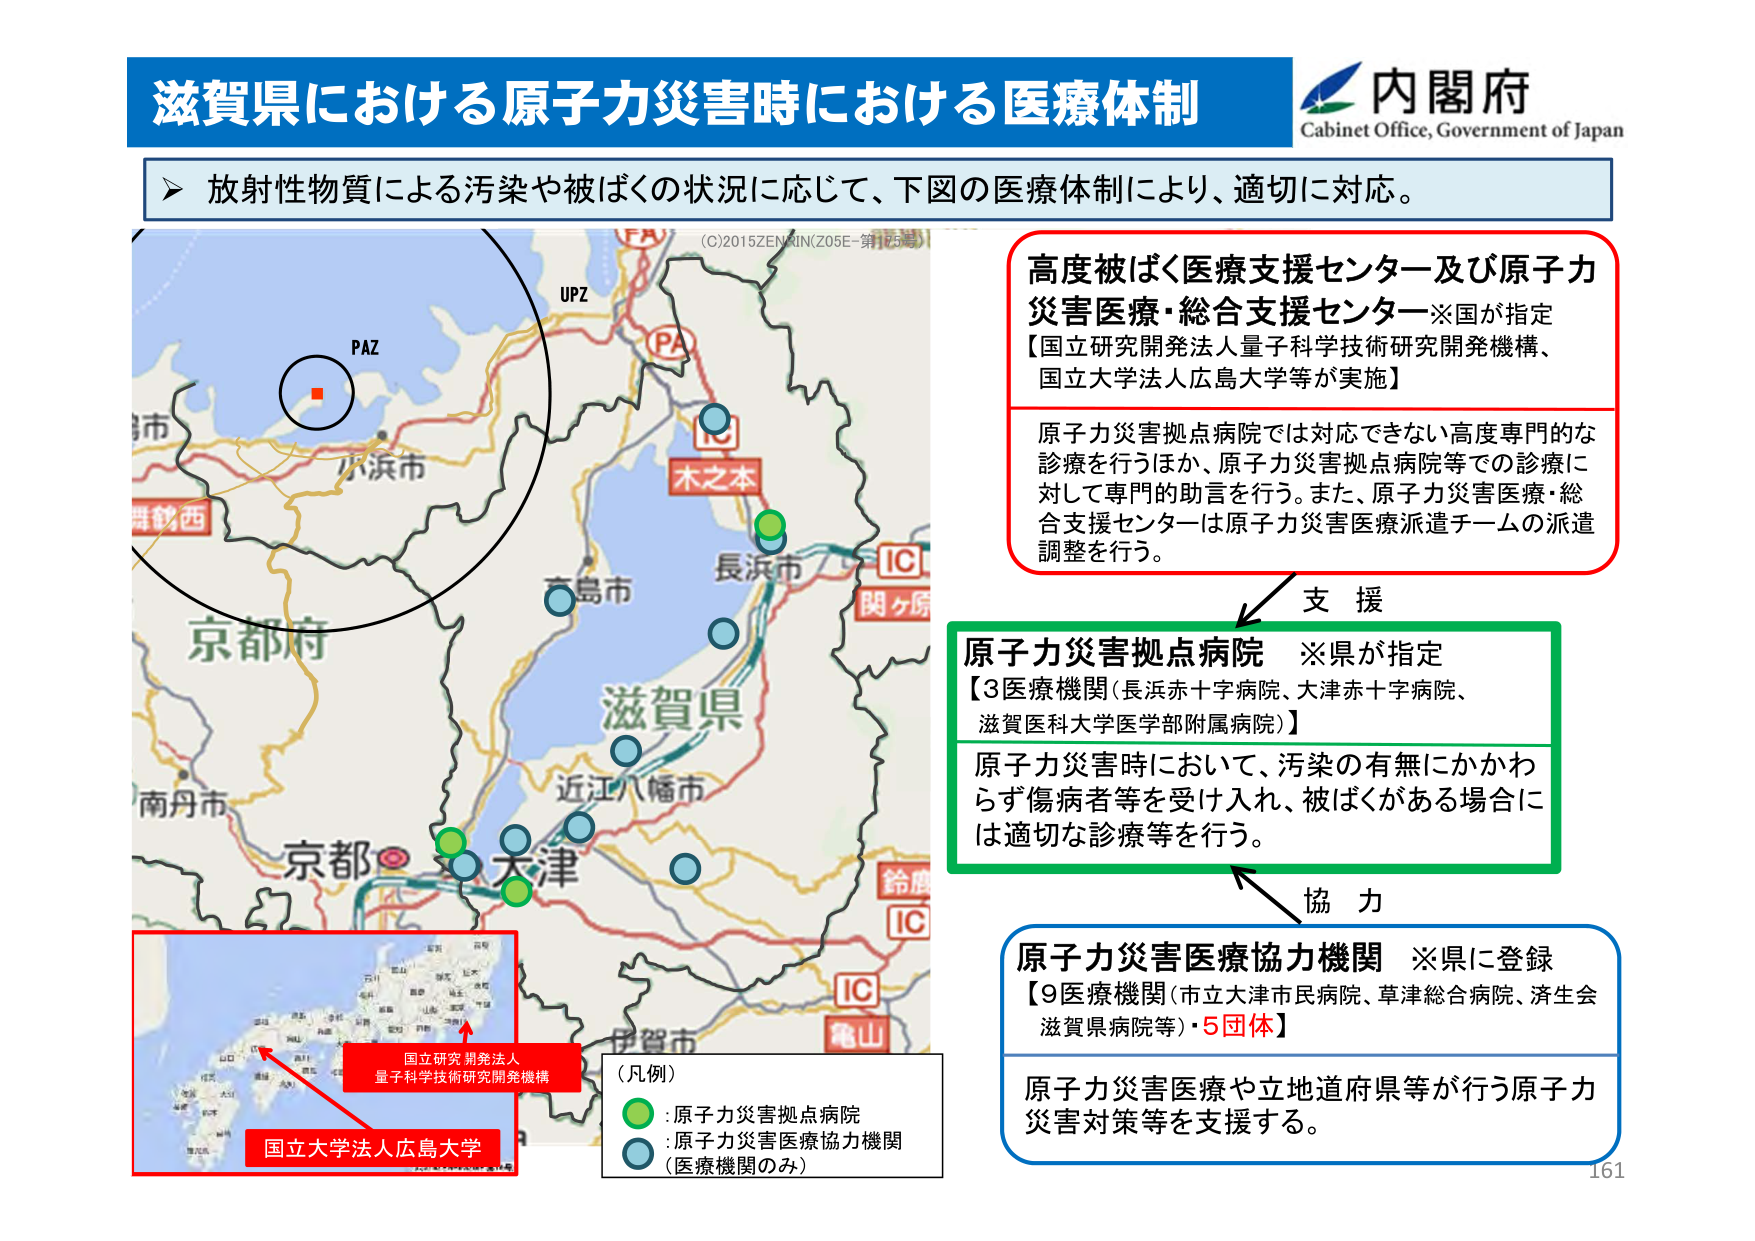
滋賀県における原子力災害時における医療体制
内閣府
Cabinet Office, Government of Japan

放射性物質による汚染や被ばくの状況に応じて、下図の医療体制により、適切に対応。

(C)2015ZENRIN(Z05E-第175号)
PAZ
UPZ
PA
IC
木之本
IC
関ヶ原
京都市
京都府
滋賀県
長浜市
近江八幡市
大津
南丹市
伊賀市
亀山
IC
鈴鹿
IC
小浜市
高島市

高度被ばく医療支援センター及び原子力災害医療・総合支援センター※国が指定
【国立研究開発法人量子科学技術研究開発機構、国立大学法人広島大学等が実施】
原子力災害拠点病院では対応できない高度専門的な診療を行うほか、原子力災害拠点病院等での診療に対して専門的助言を行う。また、原子力災害医療・総合支援センターは原子力災害医療派遣チームの派遣調整を行う。

支援

原子力災害拠点病院 ※県が指定
【3医療機関（長浜赤十字病院、大津赤十字病院、滋賀医科大学医学部附属病院）】
原子力災害時において、汚染の有無にかかわらず傷病者等を受け入れ、被ばくがある場合には適切な診療等を行う。

協力

原子力災害医療協力機関 ※県に登録
【9医療機関（市立大津市民病院、草津総合病院、済生会滋賀県病院等）・5団体】
原子力災害医療や立地道府県等が行う原子力災害対策等を支援する。

（凡例）
●：原子力災害拠点病院
●：原子力災害医療協力機関
（医療機関のみ）

国立研究開発法人
量子科学技術研究開発機構
国立大学法人広島大学

161